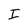
Character: I